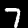
Digit: 7